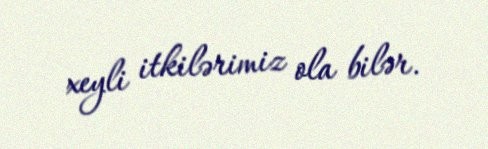
xeyli itkilərimiz ola bilər.